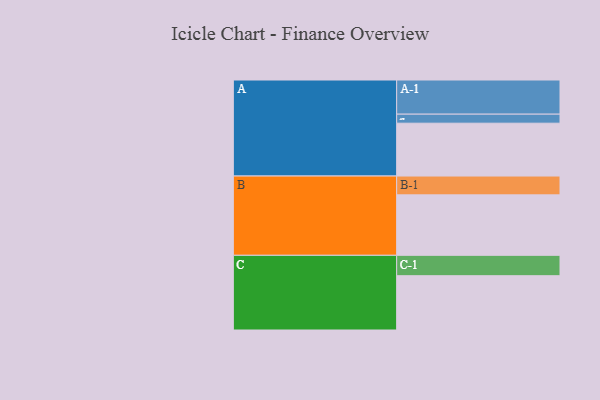
{"axis": {"x": "Segment", "y": "Value"}, "legend": ["", "A", "B", "C"], "data": [{"x": "A", "y": 438, "type": ""}, {"x": "B", "y": 501, "type": ""}, {"x": "C", "y": 450, "type": ""}, {"x": "A-1", "y": 283, "type": "A"}, {"x": "A-2", "y": 75, "type": "A"}, {"x": "B-1", "y": 156, "type": "B"}, {"x": "C-1", "y": 169, "type": "C"}]}